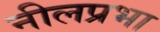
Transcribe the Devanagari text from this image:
नीलप्रभा